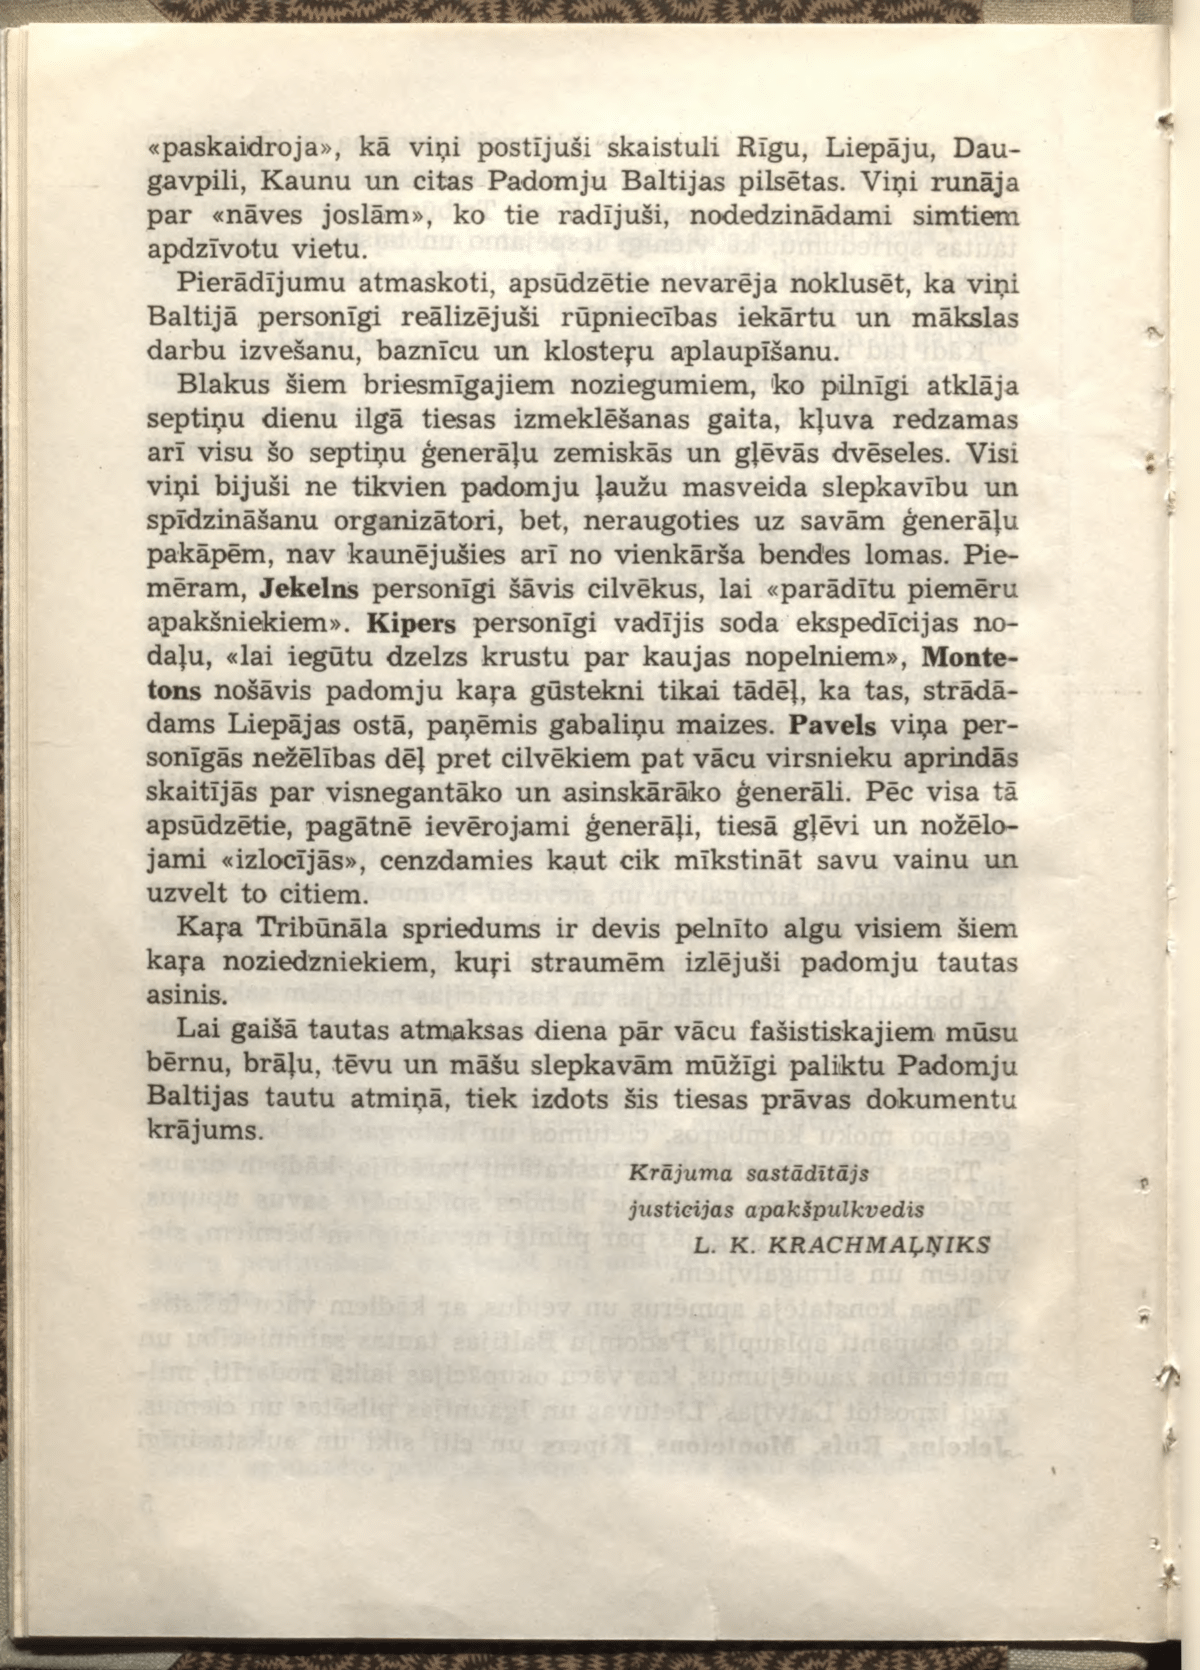
Language: lv